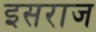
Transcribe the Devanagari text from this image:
इसराज